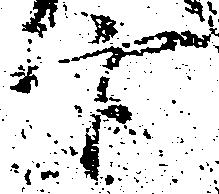
官